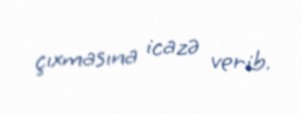
çıxmasına icazə verib.